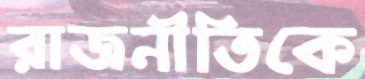
রাজনীতিকে